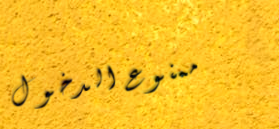
ممنوع الدخول